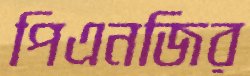
পিএনজির